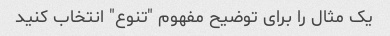
یک مثال را برای توضیح مفهوم "تنوع" انتخاب کنید